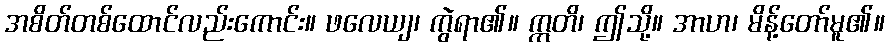
အစိတ်တစ်ထောင်လည်းကောင်း။ ဖလေယျ၊ ကွဲရာ၏။ ဣတိ၊ ဤသို့။ အာဟ၊ မိန့်တော်မူ၏။